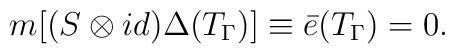
m[(S\otimes id)\Delta(T_\Gamma)]\equiv\bar{e}(T_\Gamma)=0.